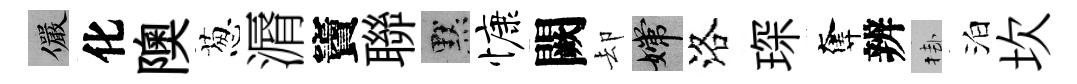
儼化隩葱漘竇聯默慷闕却嫦洛琛奪辨挂泊坎